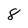
Character: 8